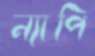
ন্যাপি